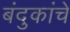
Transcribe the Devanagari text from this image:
बंदुकांचे